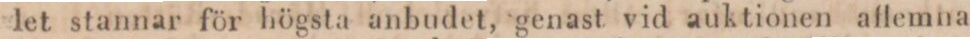
let stannar för högsta anbudet, genast vid auktionen allemna